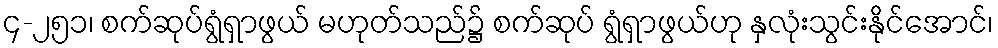
၄-၂၅၁၊ စက်ဆုပ်ရွံရှာဖွယ် မဟုတ်သည်၌ စက်ဆုပ် ရွံရှာဖွယ်ဟု နှလုံးသွင်းနိုင်အောင်၊